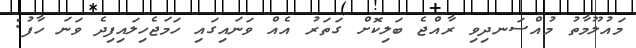
މައުލޫމާތު މުއްސަނދިވި ރާއްޖެ ބަލިކޮށް ގަތަރު އެއް ވަނައިގައި ހަަަމަޖެހިލައިފިދެ ވަނަ ހާފު: